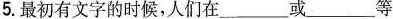
5.最初有文字的时候，人们在___或___等